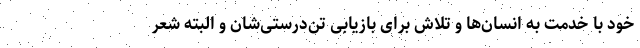
خود با خدمت به انسان‌ها و تلاش برای بازیابی تن‌درستی‌شان و البته شعر